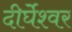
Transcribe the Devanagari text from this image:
दीर्घेश्वर